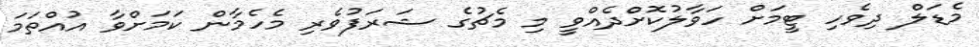
މެޑަލް ދިވެހިި ޓީމަށް ހަވާލުކޮށްދެއްވީ މި މެޗުގެ ޝަރަފުވެރި މެހެމާން ކަމަށްވާ އުއްތަމަ